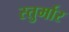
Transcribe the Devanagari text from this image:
स्तुर्मार